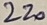
Text: 220